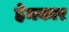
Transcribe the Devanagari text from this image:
हेमकार